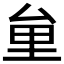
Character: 𠫶